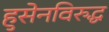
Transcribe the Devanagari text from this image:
हुसेनविरुद्ध